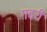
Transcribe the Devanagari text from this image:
गद्दरी